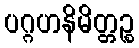
ပဂ္ဂဟနိမိတ္တဉ္စ